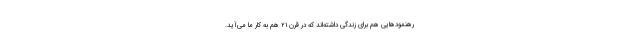
رهنمودهایی هم برای زندگی داشته‌اند که در قرن ۲۱ هم به کار ما می‌آید.